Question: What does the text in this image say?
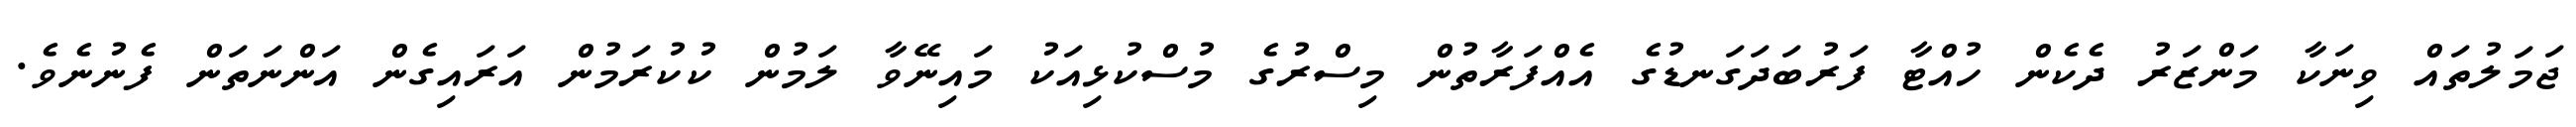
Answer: ޖަމަލުތައް ވިނަކާ މަންޒަރު ދެކެން ހުއްޓާ ފަރުބަދަގަނޑުގެ އެއްފަރާތުން މިސްރުގެ މުސްކުޅިއަކު މައިނޭވާ ލަމުން ކުކުރަމުން އަރައިގެން އަންނަތަން ފެނުނެވެ.